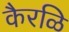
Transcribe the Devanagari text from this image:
कैरळि